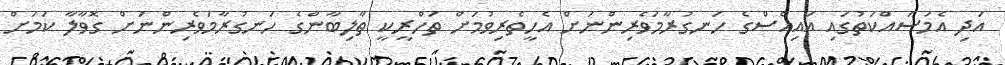
އަދި އެމަސައްކަތުގައި އައިއެސްގެ ހަނގުރާމަވެރިންނަށް އެހީތެރިވުމަށް ތަހްރީކީ ތާލިބާންގެ ހަނގުރާމަވެރިންނަށް ގޮވާލާ ކަމަށް